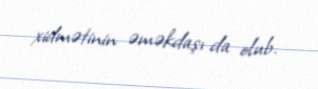
xidmətinin əməkdaşı da olub.